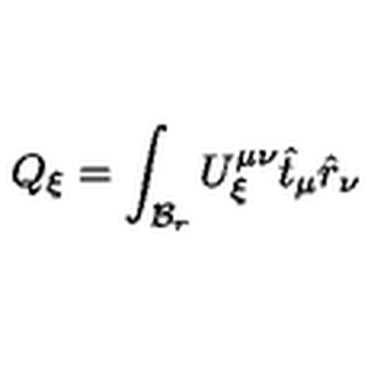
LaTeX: Q _ { \xi } = \int _ { { \cal { B } } _ { r } } U _ { \xi } ^ { \mu \nu } \hat { t } _ { \mu } \hat { r } _ { \nu }